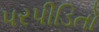
પરપીડિતો